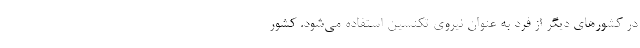
در کشور‌های دیگر از فرد به عنوان نیروی تکنسین استفاده می‌شود. کشور